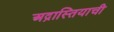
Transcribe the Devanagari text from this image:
अद्रास्तियाची